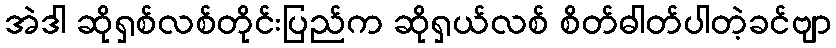
အဲဒါ ဆိုရှစ်လစ်တိုင်းပြည်က ဆိုရှယ်လစ် စိတ်ဓါတ်ပါတဲ့ခင်ဗျာ